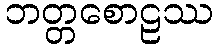
ဘတ္တစောဠဿ